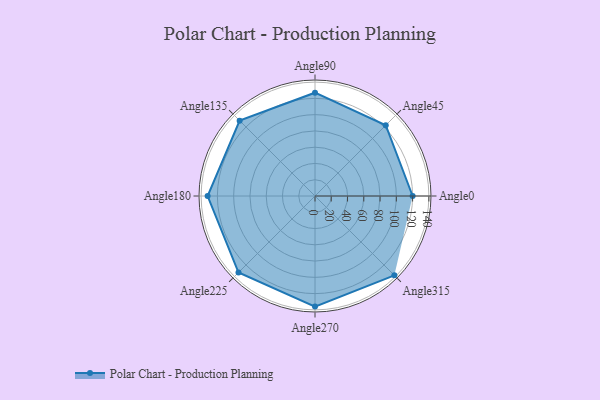
{"axis": {"x": "Angle", "y": "Radius"}, "legend": [""], "data": [{"x": "Angle0", "y": 120.0, "type": ""}, {"x": "Angle45", "y": 123.0, "type": ""}, {"x": "Angle90", "y": 127.0, "type": ""}, {"x": "Angle135", "y": 131.0, "type": ""}, {"x": "Angle180", "y": 132.0, "type": ""}, {"x": "Angle225", "y": 133.0, "type": ""}, {"x": "Angle270", "y": 136.0, "type": ""}, {"x": "Angle315", "y": 138.0, "type": ""}]}